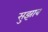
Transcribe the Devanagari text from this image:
सुझाब